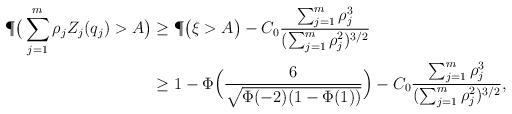
LaTeX: \begin{align*}\P\big( \sum_{j=1}^m \rho_j Z_j(q_j) > A\big)&\geq \P\big( \xi >A \big) - C_0 \frac{ \sum_{j=1}^m \rho_j^3}{(\sum_{j=1}^m \rho_j^2)^{3/2}} \\&\geq 1- \Phi\Big(\frac{6}{\sqrt{\Phi(-2)(1-\Phi(1))}}\Big)- C_0 \frac{ \sum_{j=1}^m \rho_j^3}{(\sum_{j=1}^m \rho_j^2)^{3/2}},\end{align*}